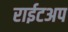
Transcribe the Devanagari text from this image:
राईटअप